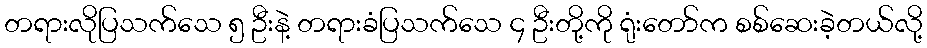
တရားလိုပြသက်သေ ၅ ဦးနဲ့ တရားခံပြသက်သေ ၄ ဦးတို့ကို ရုံးတော်က စစ်ဆေးခဲ့တယ်လို့